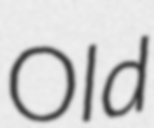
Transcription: Old